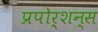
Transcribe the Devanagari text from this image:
प्रपोर्शन्स